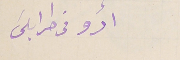
أدو فى طرابلسَ